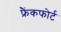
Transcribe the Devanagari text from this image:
फ्रैंकफोर्ट